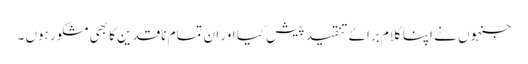
جنہوں نے اپنا کلام برائے تنقید پیش کیا اور ان تمام ناقدین کا بھی مشکور ہوں ۔